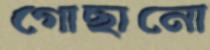
গোছানো